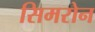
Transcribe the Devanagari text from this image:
सिमरोन